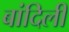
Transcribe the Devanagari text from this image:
बांदिली